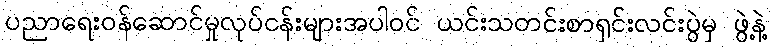
ပညာရေးဝန်ဆောင်မှုလုပ်ငန်းများအပါဝင် ယင်းသတင်းစာရှင်းလင်းပွဲမှ ဖွဲ့နဲ့